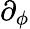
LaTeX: \partial_{\phi}